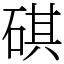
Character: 䃆